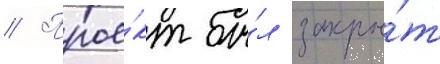
// Прое́кт бы́л закры́т